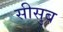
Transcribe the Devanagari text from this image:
सीसुब